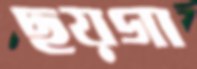
ছয়গা